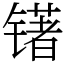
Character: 䦃